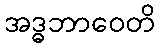
အဒ္ဓဘာဝေတိ